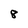
Character: 8